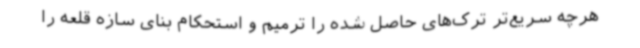
هرچه سریع‌تر ترک‌های حاصل شده را ترمیم و استحکام بنای سازه قلعه را